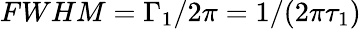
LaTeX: FWHM=\Gamma_{1}/2\pi=1/(2\pi\tau_{1})